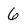
Character: 6